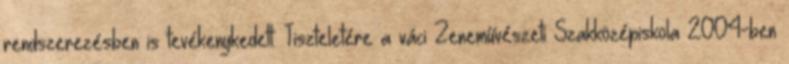
rendszerezésben is tevékenykedett. Tiszteletére a váci Zeneművészeti Szakközépiskola 2004-ben